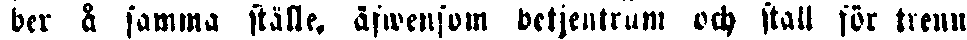
ber S samma ställe, äfwensom betjeutrum och stall för trenne